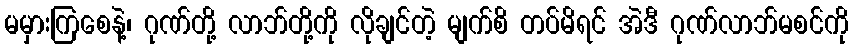
မမှားကြစေနဲ့၊ ဂုဏ်တို့ လာဘ်တို့ကို လိုချင်တဲ့ မျက်စိ တပ်မိရင် အဲဒီ ဂုဏ်လာဘ်မစင်ကို